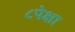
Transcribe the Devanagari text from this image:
८पेक्षा